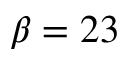
\beta = 2 3